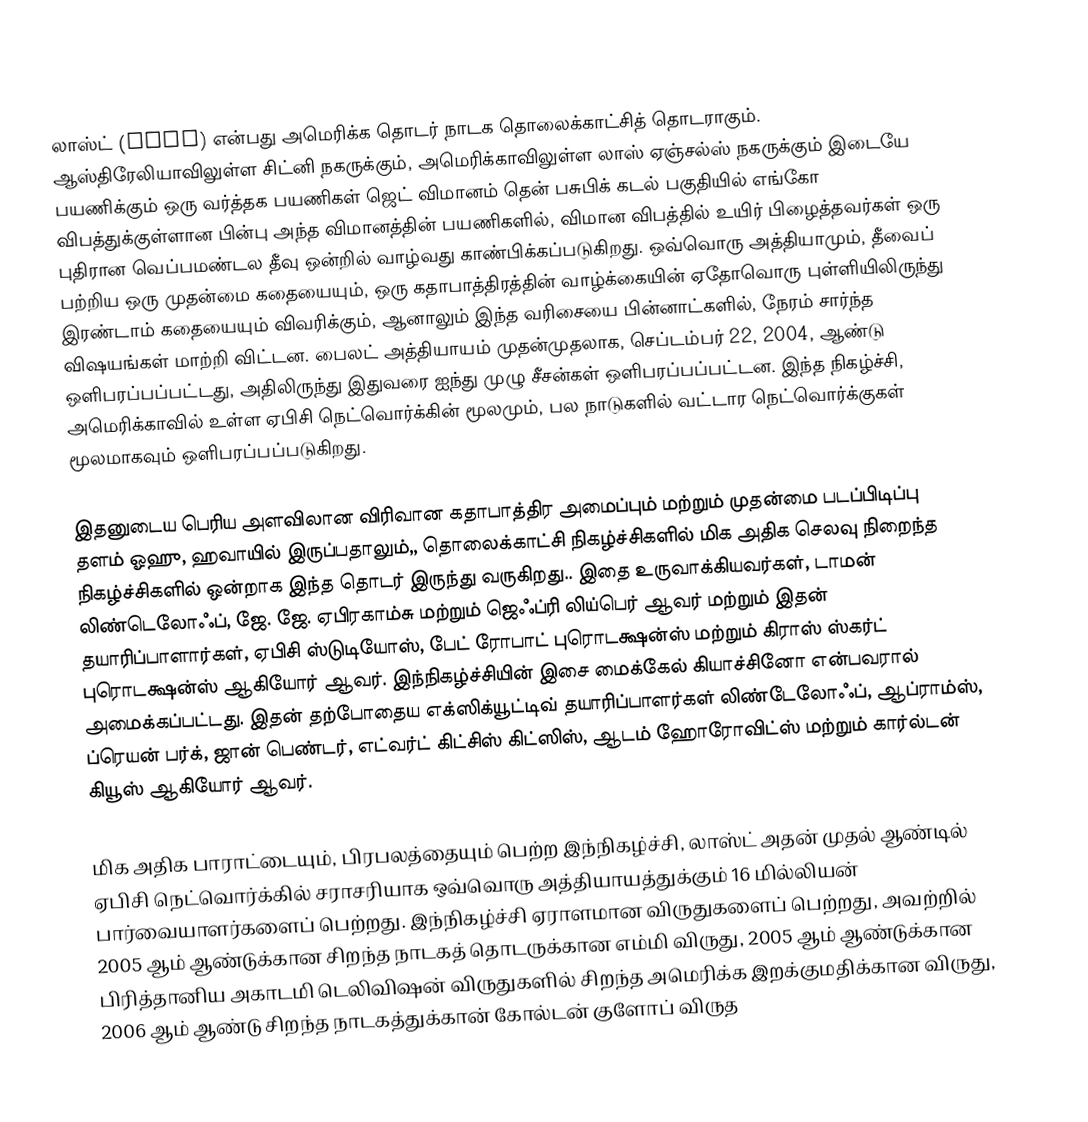
லாஸ்ட் (Lost) என்பது அமெரிக்க தொடர் நாடக தொலைக்காட்சித் தொடராகும். ஆஸ்திரேலியாவிலுள்ள சிட்னி நகருக்கும், அமெரிக்காவிலுள்ள லாஸ் ஏஞ்சல்ஸ் நகருக்கும் இடையே பயணிக்கும் ஒரு வர்த்தக பயணிகள் ஜெட் விமானம் தென் பசுபிக் கடல் பகுதியில் எங்கோ விபத்துக்குள்ளான பின்பு அந்த விமானத்தின் பயணிகளில், விமான விபத்தில் உயிர் பிழைத்தவர்கள் ஒரு புதிரான வெப்பமண்டல தீவு ஒன்றில் வாழ்வது காண்பிக்கப்படுகிறது. ஒவ்வொரு அத்தியாமும், தீவைப் பற்றிய ஒரு முதன்மை கதையையும், ஒரு கதாபாத்திரத்தின் வாழ்க்கையின் ஏதோவொரு புள்ளியிலிருந்து இரண்டாம் கதையையும் விவரிக்கும், ஆனாலும் இந்த வரிசையை பின்னாட்களில், நேரம் சார்ந்த விஷயங்கள் மாற்றி விட்டன. பைலட் அத்தியாயம் முதன்முதலாக, செப்டம்பர் 22, 2004, ஆண்டு ஒளிபரப்பப்பட்டது, அதிலிருந்து இதுவரை ஐந்து முழு சீசன்கள் ஒளிபரப்பப்பட்டன. இந்த நிகழ்ச்சி, அமெரிக்காவில் உள்ள ஏபிசி நெட்வொர்க்கின் மூலமும், பல நாடுகளில் வட்டார நெட்வொர்க்குகள் மூலமாகவும் ஒளிபரப்பப்படுகிறது.

இதனுடைய பெரிய அளவிலான விரிவான கதாபாத்திர அமைப்பும் மற்றும் முதன்மை படப்பிடிப்பு தளம் ஓஹு, ஹவாயில் இருப்பதாலும்,, தொலைக்காட்சி நிகழ்ச்சிகளில் மிக அதிக செலவு நிறைந்த நிகழ்ச்சிகளில் ஒன்றாக இந்த தொடர் இருந்து வருகிறது.. இதை உருவாக்கியவர்கள், டாமன் லிண்டெலோஃப், ஜே. ஜே. ஏபிரகாம்சு மற்றும் ஜெஃப்ரி லிய்பெர் ஆவர் மற்றும் இதன் தயாரிப்பாளார்கள், ஏபிசி ஸ்டுடியோஸ், பேட் ரோபாட் புரொடக்ஷன்ஸ் மற்றும் கிராஸ் ஸ்கர்ட் புரொடக்ஷன்ஸ் ஆகியோர் ஆவர். இந்நிகழ்ச்சியின் இசை மைக்கேல் கியாச்சினோ என்பவரால் அமைக்கப்பட்டது. இதன் தற்போதைய எக்ஸிக்யூட்டிவ் தயாரிப்பாளர்கள் லிண்டேலோஃப், ஆப்ராம்ஸ், ப்ரெயன் பர்க், ஜான் பெண்டர், எட்வர்ட் கிட்சிஸ் கிட்ஸிஸ், ஆடம் ஹோரோவிட்ஸ் மற்றும் கார்ல்டன் கியூஸ் ஆகியோர் ஆவர்.

மிக அதிக பாராட்டையும், பிரபலத்தையும் பெற்ற இந்நிகழ்ச்சி, லாஸ்ட் அதன் முதல் ஆண்டில் ஏபிசி நெட்வொர்க்கில் சராசரியாக ஒவ்வொரு அத்தியாயத்துக்கும் 16 மில்லியன் பார்வையாளர்களைப் பெற்றது. இந்நிகழ்ச்சி ஏராளமான விருதுகளைப் பெற்றது, அவற்றில் 2005 ஆம் ஆண்டுக்கான சிறந்த நாடகத் தொடருக்கான எம்மி விருது, 2005 ஆம் ஆண்டுக்கான பிரித்தானிய அகாடமி டெலிவிஷன் விருதுகளில்  சிறந்த அமெரிக்க இறக்குமதிக்கான விருது, 2006 ஆம் ஆண்டு சிறந்த நாடகத்துக்கான் கோல்டன் குளோப் விருத